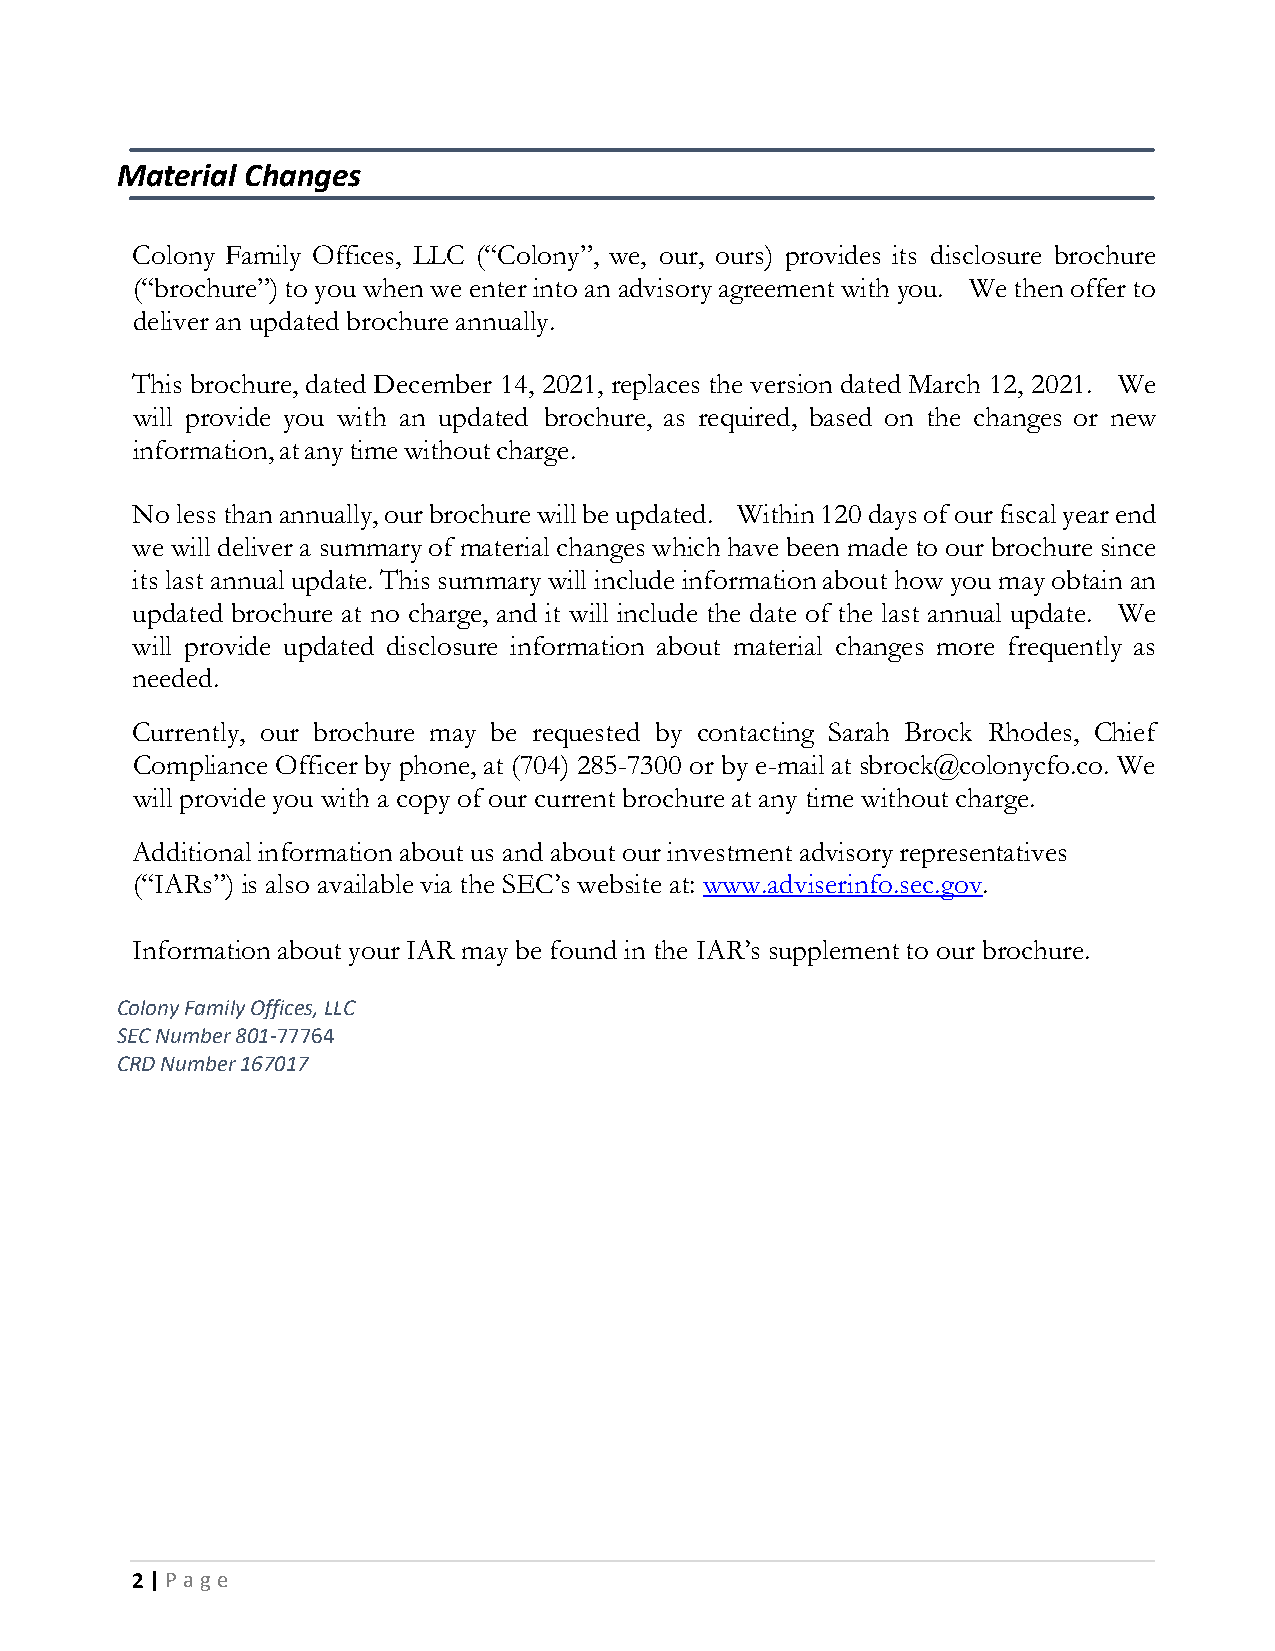
Material Changes
 Colony Family Offices, LLC (“Colony”, we, our, ours) provides its disclosure brochure
 (“brochure”) to you when we enter into an advisory agreement with you. We then offer to
 deliver an updated brochure annually.
 This brochure, dated December 14, 2021, replaces the version dated March 12, 2021. We
 will provide you with an updated brochure, as required, based on the changes or new
 information, at any time without charge.
 No less than annually, our brochure will be updated. Within 120 days of our fiscal year end
 we will deliver a summary of material changes which have been made to our brochure since
 its last annual update. This summary will include information about how you may obtain an
 updated brochure at no charge, and it will include the date of the last annual update. We
 will provide updated disclosure information about material changes more frequently as
 needed.
 Currently, our brochure may be requested by contacting Sarah Brock Rhodes, Chief
 Compliance Officer by phone, at (704) 285-7300 or by e-mail at sbrock@colonycfo.co. We
 will provide you with a copy of our current brochure at any time without charge.
 Additional information about us and about our investment advisory representatives
 (“IARs”) is also available via the SEC’s website at: www.adviserinfo.sec.gov.
 Information about your IAR may be found in the IAR’s supplement to our brochure.
 Colony Family Offices, LLC
 SEC Number 801‐77764
 CRD Number 167017
 2 | P a g e